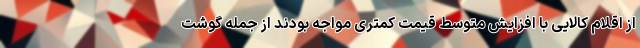
از اقلام کالایی با افزایش متوسط قیمت کمتری مواجه بودند از جمله گوشت